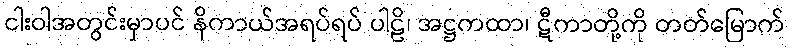
ငါးဝါအတွင်းမှာပင် နိကာယ်အရပ်ရပ် ပါဠိ၊ အဋ္ဌကထာ၊ ဋီကာတို့ကို တတ်မြောက်